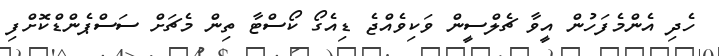
ހެދި އެންމެފަހުން އީވާ ޗެލްސީން ވަކިވެއްޖެ ޑިއެގޯ ކޯސްޓާ ތިން މެޗަށް ސަސްޕެންޑްކޮށްފި